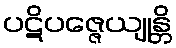
ပဋိပဇ္ဇေယျုန္တိ